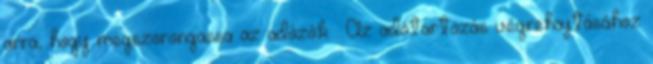
arra, hogy megszorongassa az adózók . Az adótartozás végrehajtásához